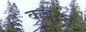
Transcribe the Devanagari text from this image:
कबख्त